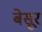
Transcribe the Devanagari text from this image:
बेसूर